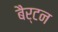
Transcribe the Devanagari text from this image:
बैर्टन